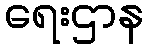
ရေးဌာန